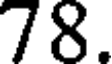
78.